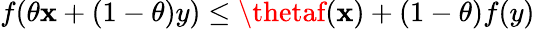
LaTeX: f(\theta\mathbf{x}+(1-\theta)y)\leq\thetaf(\mathbf{x})+(1-\theta)f(y)